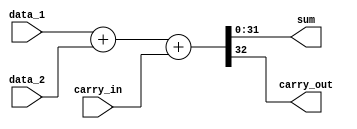

module adder32_bit
(
            sum,
            carry_out,
            data_1,
            data_2,
            carry_in
);
parameter data_width=31;
output reg [data_width:0] sum;
output reg carry_out;

input [data_width:0] data_1;
input [data_width:0] data_2;
input carry_in;

always @ (data_1, data_2, carry_in) //whenever an input changes
{carry_out, sum} = data_1 + data_2 + carry_in; // use {} to concatenate bits for carry_out
    
endmodule